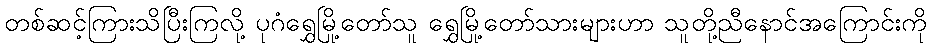
တစ်ဆင့်ကြားသိပြီးကြလို့ ပုဂံရွှေမြို့တော်သူ ရွှေမြို့တော်သားများဟာ သူတို့ညီနောင်အကြောင်းကို